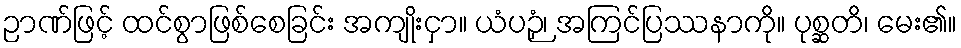
ဉာဏ်ဖြင့် ထင်စွာဖြစ်စေခြင်း အကျိုးငှာ။ ယံပဉှံ၊ အကြင်ပြဿနာကို။ ပုစ္ဆတိ၊ မေး၏။